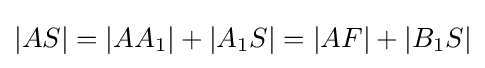
|AS|=|AA_{1}|+|A_{1}S|=|AF|+|B_{1}S|